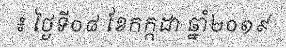
៖ ថ្ងៃទី០៨ ខែកក្កដា ឆ្នាំ២០១៩